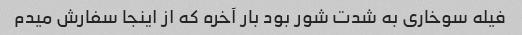
فیله سوخاری به شدت شور بود بار آخره که از اینجا سفارش میدم